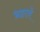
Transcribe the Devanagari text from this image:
भ्रष्टावे